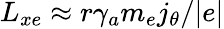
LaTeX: L_{xe}\approx r\gamma_{a}m_{e}j_{\theta}/|e|